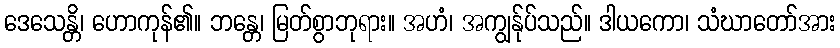
ဒေသေန္တိ၊ ဟောကုန်၏။ ဘန္တေ၊ မြတ်စွာဘုရား။ အဟံ၊ အကျွန်ုပ်သည်။ ဒါယကော၊ သံဃာတော်အား